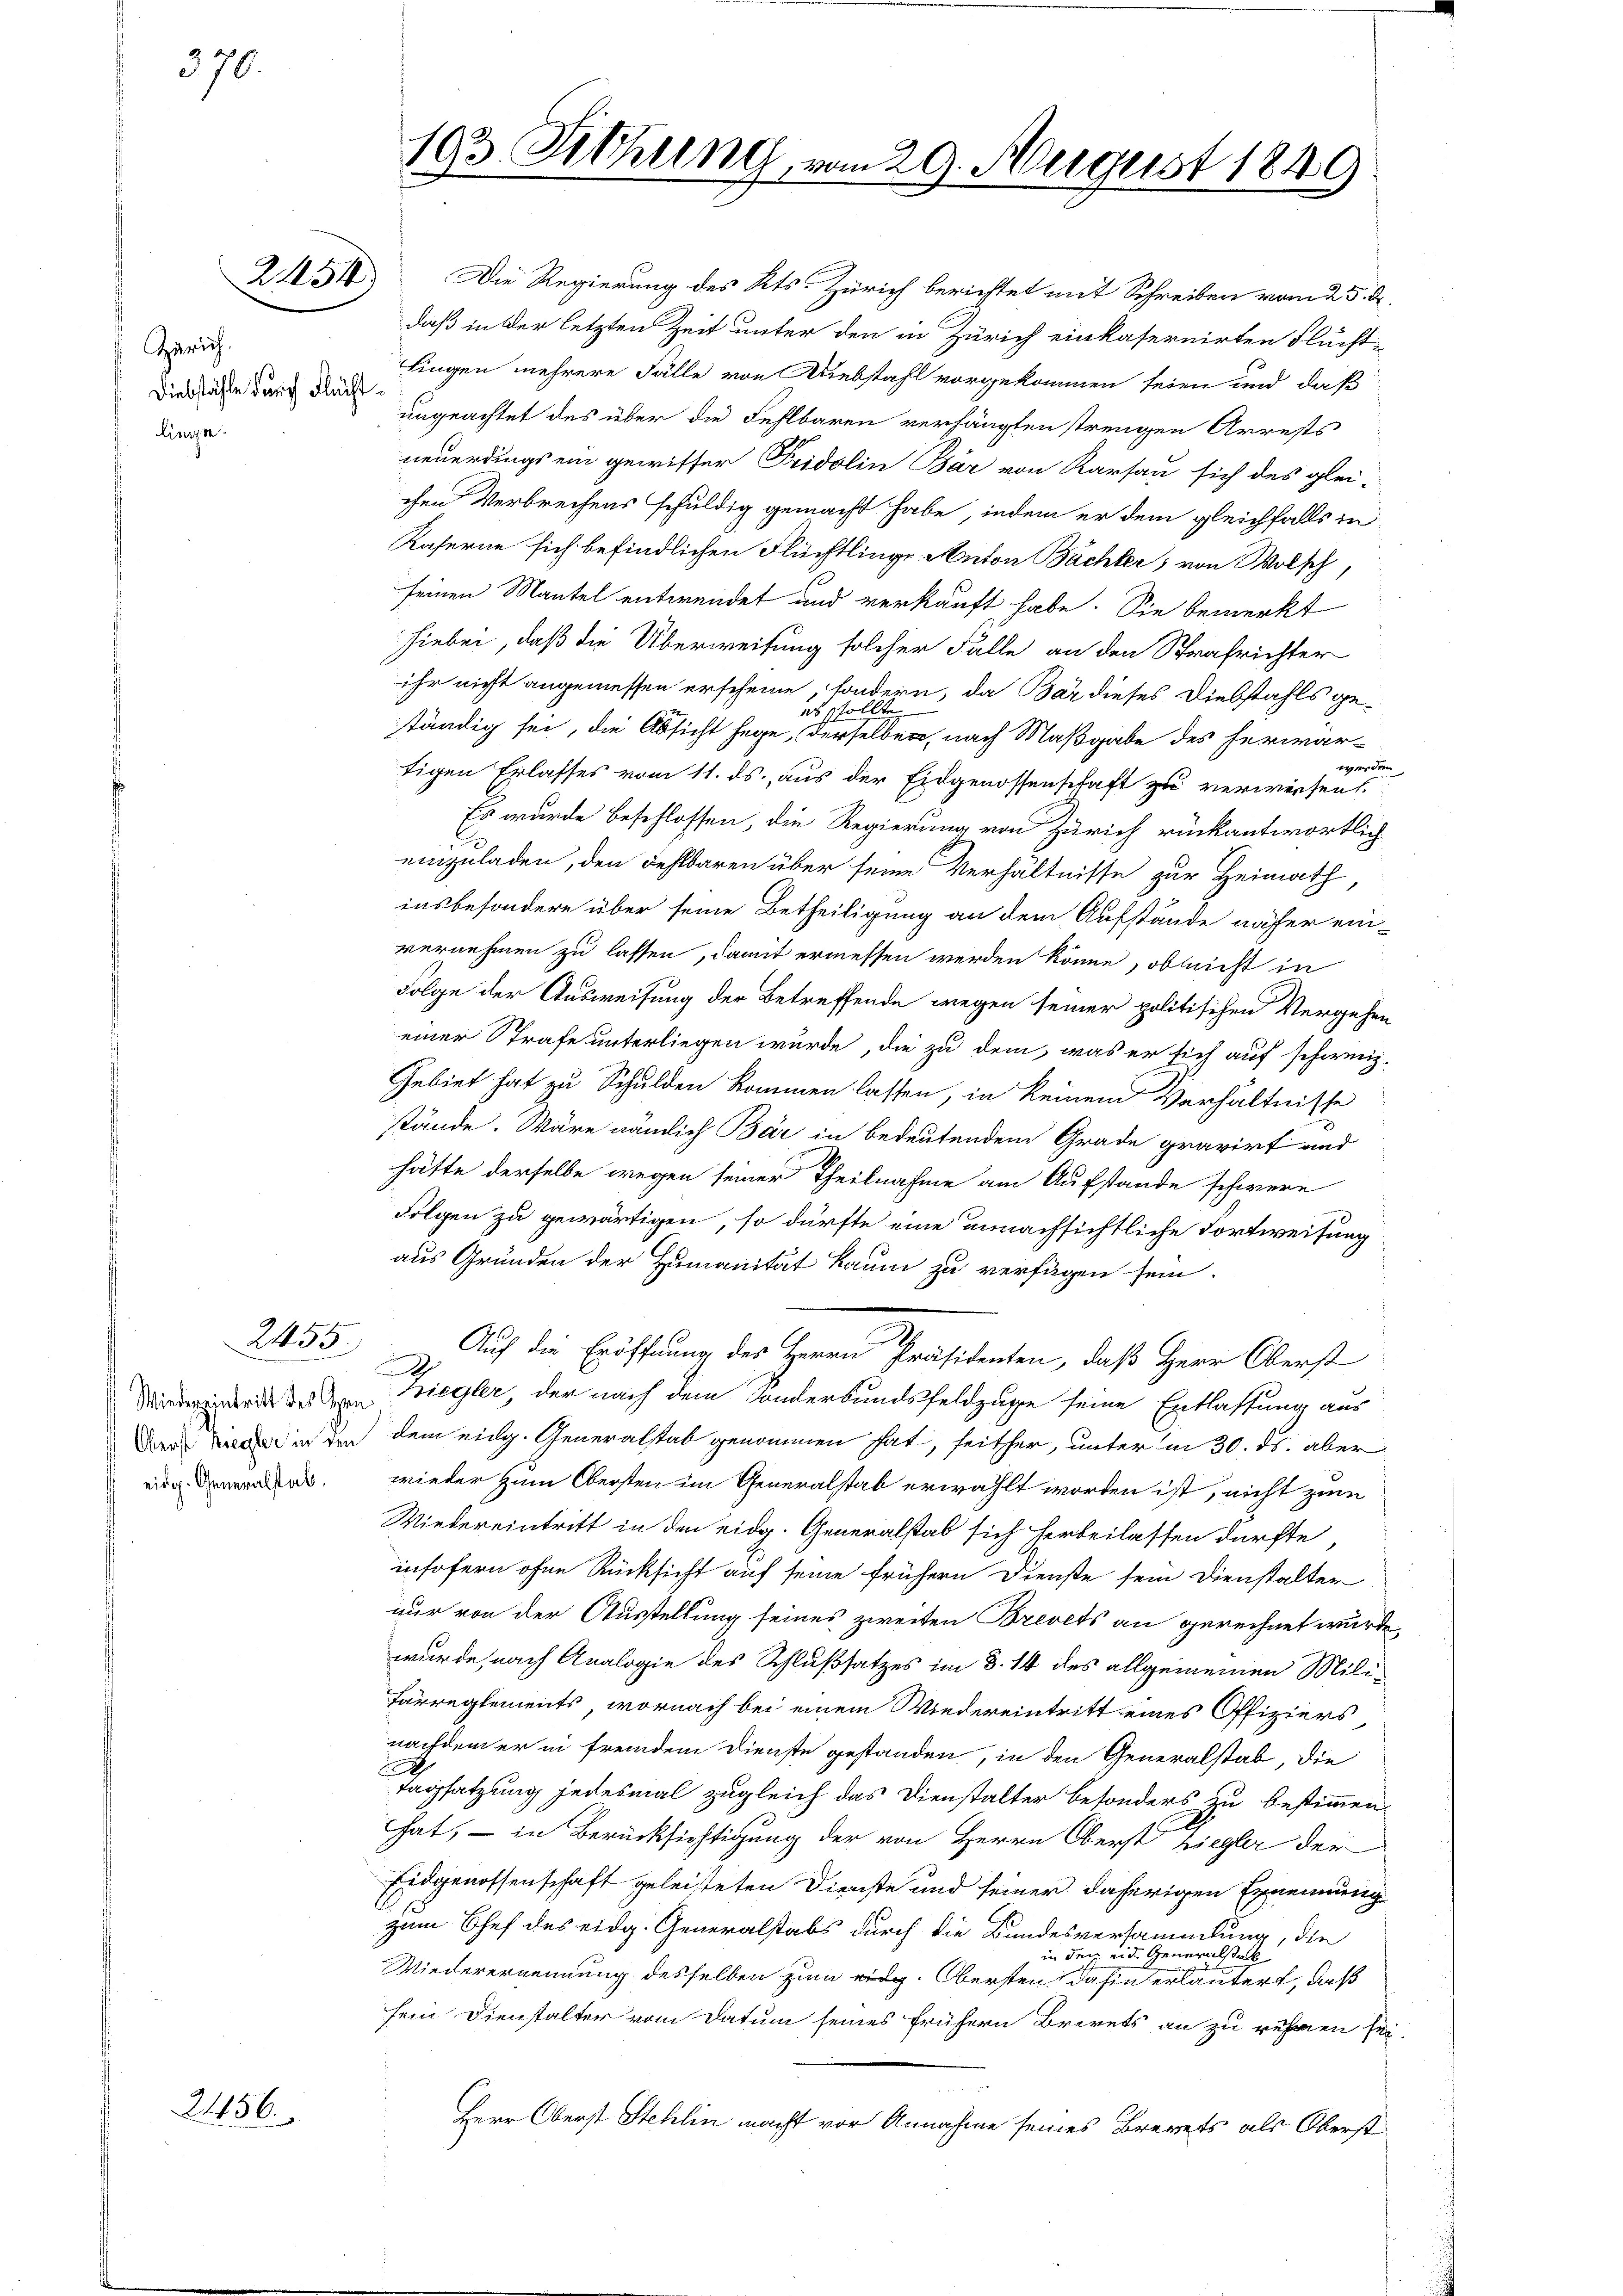
370.

Gerich.
Diebstähle durch Flucht
linien.

2456.

252)

2455.

Wiederpintritt des Gen
 Oberst Begler in den
eidg. Generalstab.

193 Sitzung vom 29. August 1849

Die Regierung des Kts. Zürich berichtet mit Schreiben vom 25. d.
daß in der letzten Zeit unter den in Zürich einkasernirten Flucht-
Fingen mehrere Fälle von Diebstahl vorgekommen seien und daß
ungeachtet des über die Fehlbaren verhängten trengen Arrests
neuerdings ein gewisser Fridolin Bär von Karsau sich des glei-
chen Verbrechens schuldig gemacht habe, indem er dem gleichfalls in
Kaferne sich befindlichen Flüchtlinge. Anton Bachter, von Wolsch
seinen Mantel entwendet und verkauft habe. Sie bemerkt
hiebei, daß die Überweisung solcher Falle an den Strafrichter
ihr nicht angemessen erscheine, sondern, da Bar dieses Diebstahls ge-
es sollte
ständig sei, die Absicht hege, derselben, nach Maßgabe des herwarwerden,
tigen Erlasses vom 11. ds. aus der Eidgenossenschaft zu verweisen
Es wurde beschlossen, die Regierung von Zürich rückantwortlich
einzuladen, den Fehlbaren über seine Verhältnisse zur Heimath,
insbesondere über seine Betheiligung an dem Aufstände näher einvernehmen zu lassen, damit ermessen werden könne, ob leicht in
Folge der Ausweisung der Betreffende wegen seiner politischen Vergehen
einer Strafe unterliegen wurde, die zu dem, was er sich auf schweiz.
Gebiet hat zu Schulden kommen lassen, in keinem Verhältnisse
stände. Wäre nämlich Bär in bedeutendem Grade gravirt und
hätte derselbe wegen seiner Theilnahme am Aufstande schwere
Folgen zu gewärtigen, so dürfte eine unnachsichtliche Fortweisung
aus Gründen der Humanität kaum zu verfügen sein.
Auch die Eröffnung des Herrn Präsidenten, daß Herr Oberst
A
hiegler, der nach dem Sonderbundsfeldzuge seine Entlassung aus
dem eidg. Generalstab genommen hat, seither, unter in 30. ds. aber
wieder zum Obersten im Generalstab erwählt worden ist, nicht zum
Wiedereintritt in den eidg. Generalstab sich herbeilassen dürfte
insofern ohne Rücksicht auf seine frühern Dienste sein Dienstalter
nur von der Ausstellung seines zweiten Brevets an gerechnet wurde,
wurde, nach Analogie des Schlußsatzes im 8. 14 des allgemeinen Milifärreglements, wornach bei einem Wiedereintritt eines Offiziers
nachdem er in fremdem Dienste gestanden, in den Generalstab, die
Tagsatzung jedesmal zugleich das Dienstalter besonders zu bestimmen,
hat, – in Berücksichtigung der von Herrn Oberst Ziegler der
Eidgenossenschaft geleisteten Dienste und seiner daherigen Ernennung
zum Chef des eidg. Generalstabs durch die Bandesversammlung, die
in den eid. Generalstal
Wiederernennung desselben zum eidg. Obersten, dahin erläutert, daß
sein Dienstalter vom Datum seines frühern Brevets an zu rühmen sei.
Herr Oberst Stehlin macht vor Annahme seines Brevets als Oberst